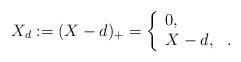
LaTeX: \begin{align*}X_{d}:=(X-d)_{+}=\left\{\begin{array}{ll}0,&\\X-d,&.\end{array}\right.\end{align*}